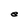
Character: e